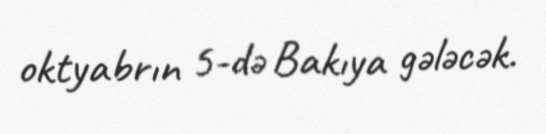
oktyabrın 5-də Bakıya gələcək.